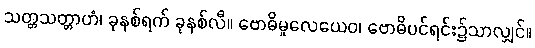
သတ္တသတ္တာဟံ၊ ခုနစ်ရက် ခုနစ်လီ။ ဗောဓိမူလေယေဝ၊ ဗောဓိပင်ရင်း၌သာလျှင်။